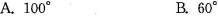
A.100° B.60°